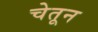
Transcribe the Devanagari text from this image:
चेतून